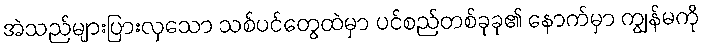
အဲသည်များပြားလှသော သစ်ပင်တွေထဲမှာ ပင်စည်တစ်ခုခု၏ နောက်မှာ ကျွန်မကို